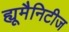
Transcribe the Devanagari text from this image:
ह्यूमैनिटीज